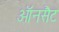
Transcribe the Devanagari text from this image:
ऑनसैट